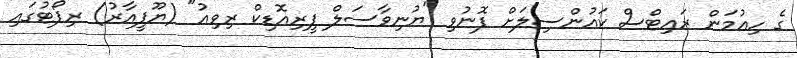
ގެ ހިއުމަން ރައިޓްސް ކައުންސިލަށް ފޮނުވި "ޔުނިވާސަލް ޕީރިއޮޑިކް ރިވިއު" (ޔޫޕީއާރު) ރިޕޯޓުގައި